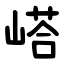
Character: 㟷